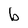
Character: b